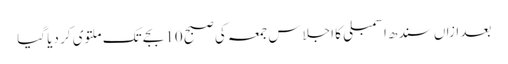
بعد ازاں سندھ اسمبلی کا اجلاس جمعہ کی صبح 10 بجے تک ملتوی کر دیا گیا